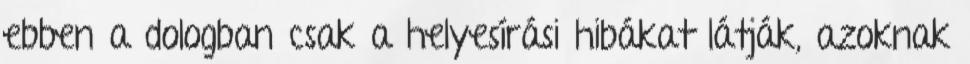
ebben a dologban csak a helyesí­rási hibákat látják, azoknak